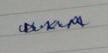
Signature authenticity: genuine